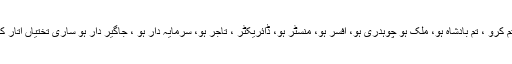
اپنی پہچان ختم کرو ، تم بادشاہ ہو، ملک ہو چوہدری ہو، افسر ہو، منسٹر ہو، ڈائریکٹر ، تاجر ہو، سرمایہ دار ہو ، جاگیر دار ہو ساری تختیاں اتار کر پھینک دو ۔